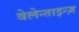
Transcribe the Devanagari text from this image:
वेलेन्ताइन्ज़